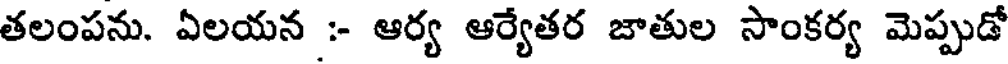
తలంపను. ఏలయన :- ఆర్య ఆర్యేతర జాతుల సాంకర్య మెప్పుడో